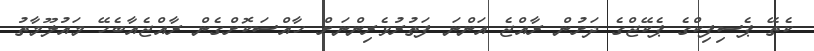
ކެތޭ ޕެސިފިކްގެ ޕެކޭޖްގެ ދަށުން ރާއްޖެ އަންނަ ފަތުރުވެރިންނަށް ހާއްސަކޮށްގެން ރާއްޖެއާބެހޭ މައުލޫމާތު